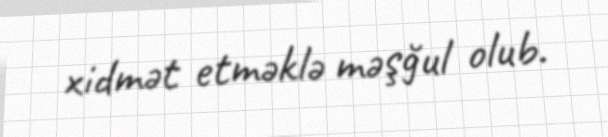
xidmət etməklə məşğul olub.